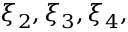
\xi _ { 2 } , \xi _ { 3 } , \xi _ { 4 } ,